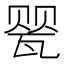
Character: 𰢤